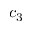
c _ { 3 }